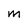
Character: M